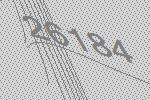
26184